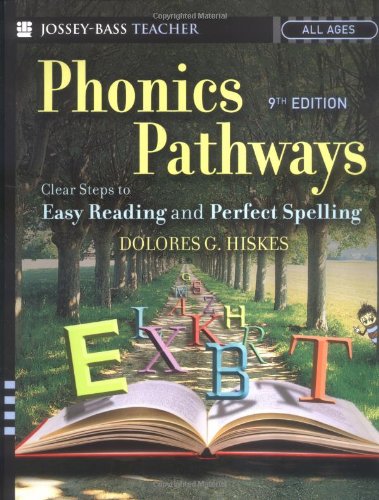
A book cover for Phonics Pathways: Clear Steps to Easy Reading and Perfect Spelling; Dolores G. Hiskes; Romance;